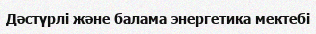
Дәстүрлі және балама энергетика мектебі